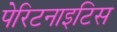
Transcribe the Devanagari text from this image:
पेरिटनाइटिस